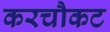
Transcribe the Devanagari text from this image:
करचौकट